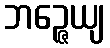
ဘဉ္ဇေယျ